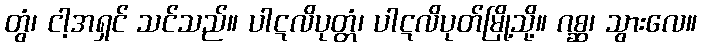
တွံ၊ ငါ့အရှင် သင်သည်။ ပါဋလိပုတ္တံ၊ ပါဋလိပုတ်မြို့သို့။ ဂစ္ဆ၊ သွားလေ။